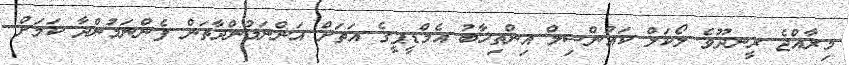
މިރާއްޖެ ރީނދޫވެ ލޯކަލް ކައުންސިލް އިންތިޚާބު އެމްޑީޕީގެ އަތަށް އަންނަމުންދާތަން ފެންނަމުންދާ ކަމަށް